Vaccination in the Punjab 1883-1896 - 1883-1896
Year: 1883
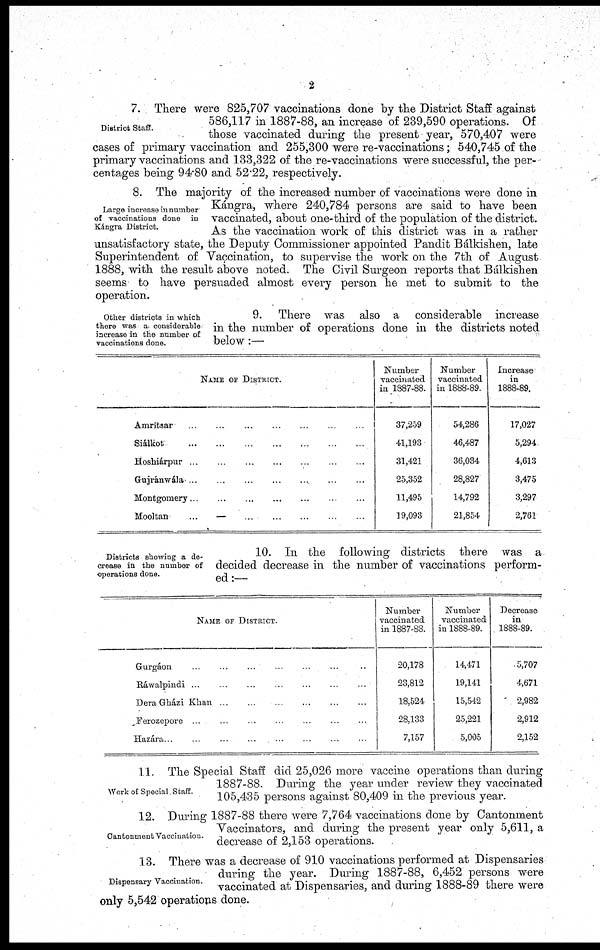
2
District Staff.
7. There were 825,707 vaccinations done by the District Staff against
586,117 in 1887-88, an increase of 239,590 operations. Of
those vaccinated during the present year, 570,407 were
cases of primary vaccination and 255,300 were re-vaccinations; 540,745 of the
primary vaccinations and 133,322 of the re-vaccinations were successful, the per-
centages being 94.80 and 52.22, respectively.
Large increase in number
of vaccinations done in
Kángra District.
8. The majority of the increased number of vaccinations were done in
Kángra, where 240,784 persons are said to have been
vaccinated, about one-third of the population of the district.
As the vaccination work of this district was in a rather
unsatisfactory state, the Deputy Commissioner appointed Pandit Bálkishen, late
Superintendent of Vaccination, to supervise the work on the 7th of August
1888, with the result above noted. The Civil Surgeon reports that Bálkishen
seems to have persuaded almost every person he met to submit to the
operation.
Other districts in which
there was a considerable
increase in the number of
vaccinations done.
9. There was also a considerable increase
in the number of operations done in the districts noted
below :—
NAME OF DISTRICT.
Amritsar ... ... ... ... ... ... ...
Siálkot
...
...
...
...
...
...
...
Hoshiárpur ... ... ... ... ... ... ...
Gujránwála
...
...
...
...
...
...
...
Montgomery ... ... ... ... ... ... ...
Mooltan ... ... ... ... ... ... ...
Number
vaccinated
in 1887-88.
37,259
41,193
31,421
25,352
11,495
19,093
Number
vaccinated
in 1888-89.
54,286
46,487
36,034
28,827
14,792
21,854
Increase
in
1888-89.
17,027
5,294
4,613
3,475
3,297
2,761
Districts showing a de¬
crease in the number of
operations done.
10. In the following districts there was a
decided decrease in the number of vaccinations perform-
ed:—
NAME OF DISTRICT.
Gurgáon ... ... ... ... ... ... ...
Ráwalpindi ... ... ... ... ... ... ...
Dera Gházi Khan
...
...
...
...
...
...
...
Ferozepore ... ... ... ... ... ... ...
Hazára ... ... ... ... ... ... ...
Number
vaccinated
in 1887-88.
20,178
23,812
18,524
28,133
7,157
Number
vaccinated
in 1888-89.
14,471
19,141
15,542
25,221
5,005
Decrease
in
1888-89.
5,707
4,671
2,982
2,912
2,152
Work of Special Staff.
11. The Special Staff did 25,026 more vaccine operations than during
1887-88. During the year under review they vaccinated
105,435 persons against 80,409 in the previous year.
Cantonment Vaccination.
12. During 1887-88 there were 7,764 vaccinations done by Cantonment
Vaccinators, and during the present year only 5,611, a
decrease of 2,153 operations.
Dispensary Vaccination.
13. There was a decrease of 910 vaccinations performed at Dispensaries
during the year. During 1887-88, 6,452 persons were
vaccinated at Dispensaries, and during 1888-89 there were
only 5,542 operations done.